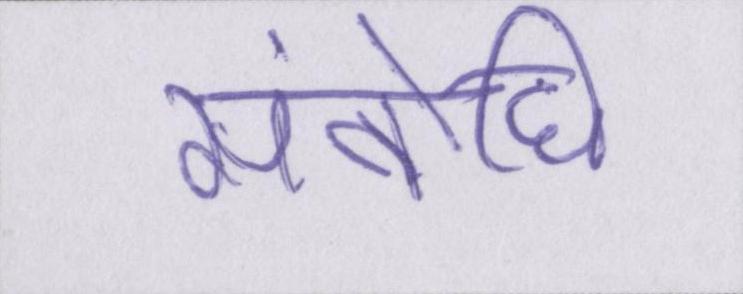
संबोधि